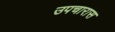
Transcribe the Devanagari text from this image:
उपचारास